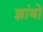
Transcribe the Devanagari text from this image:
झांबो